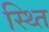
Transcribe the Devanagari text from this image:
स्थ्‍ति